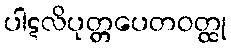
ပါဋလိပုတ္တပေတဝတ္ထု